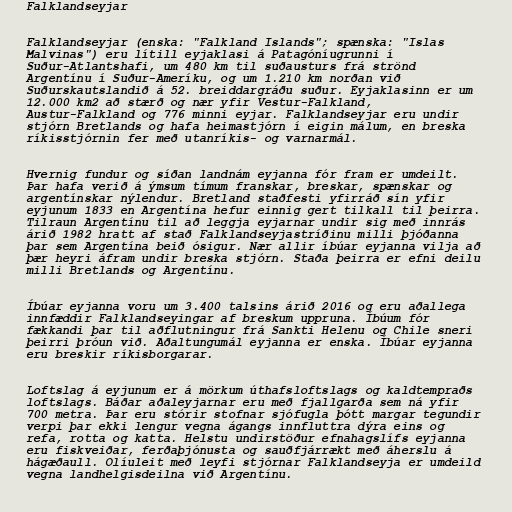
Falklandseyjar

Falklandseyjar (enska: "Falkland Islands"; spænska: "Islas
Malvinas") eru lítill eyjaklasi á Patagóníugrunni í
Suður-Atlantshafi, um 480 km til suðausturs frá strönd
Argentínu í Suður-Ameríku, og um 1.210 km norðan við
Suðurskautslandið á 52. breiddargráðu suður. Eyjaklasinn er um
12.000 km2 að stærð og nær yfir Vestur-Falkland,
Austur-Falkland og 776 minni eyjar. Falklandseyjar eru undir
stjórn Bretlands og hafa heimastjórn í eigin málum, en breska
ríkisstjórnin fer með utanríkis- og varnarmál.

Hvernig fundur og síðan landnám eyjanna fór fram er umdeilt.
Þar hafa verið á ýmsum tímum franskar, breskar, spænskar og
argentínskar nýlendur. Bretland staðfesti yfirráð sín yfir
eyjunum 1833 en Argentína hefur einnig gert tilkall til þeirra.
Tilraun Argentínu til að leggja eyjarnar undir sig með innrás
árið 1982 hratt af stað Falklandseyjastríðinu milli þjóðanna
þar sem Argentína beið ósigur. Nær allir íbúar eyjanna vilja að
þær heyri áfram undir breska stjórn. Staða þeirra er efni deilu
milli Bretlands og Argentínu.

Íbúar eyjanna voru um 3.400 talsins árið 2016 og eru aðallega
innfæddir Falklandseyingar af breskum uppruna. Íbúum fór
fækkandi þar til aðflutningur frá Sankti Helenu og Chile sneri
þeirri þróun við. Aðaltungumál eyjanna er enska. Íbúar eyjanna
eru breskir ríkisborgarar.

Loftslag á eyjunum er á mörkum úthafsloftslags og kaldtempraðs
loftslags. Báðar aðaleyjarnar eru með fjallgarða sem ná yfir
700 metra. Þar eru stórir stofnar sjófugla þótt margar tegundir
verpi þar ekki lengur vegna ágangs innfluttra dýra eins og
refa, rotta og katta. Helstu undirstöður efnahagslífs eyjanna
eru fiskveiðar, ferðaþjónusta og sauðfjárrækt með áherslu á
hágæðaull. Olíuleit með leyfi stjórnar Falklandseyja er umdeild
vegna landhelgisdeilna við Argentínu.